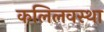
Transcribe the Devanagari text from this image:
कलिलवस्था